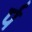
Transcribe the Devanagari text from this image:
र्प